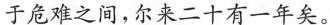
于危难之间，尔来二十有一年矣。